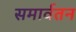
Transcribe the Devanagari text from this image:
समार्वतन